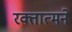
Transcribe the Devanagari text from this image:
रक्तात्मने